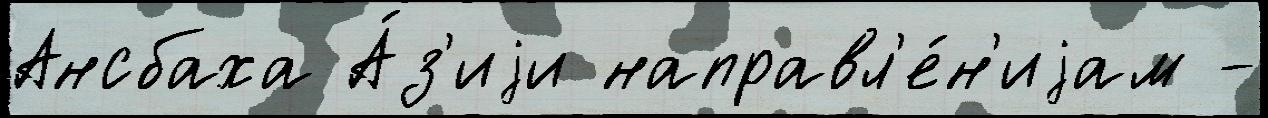
Ансбаха А́з'иjи направл'е́н'иjам -